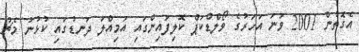
އެގޮތުން 2001 ވަނަ އަހަރުގެ ވޯލްޑްކަޕް ކޮލިފައިންގައި އަމިއްލަ ދަނޑުގައި ކުޅުނު މެޗު